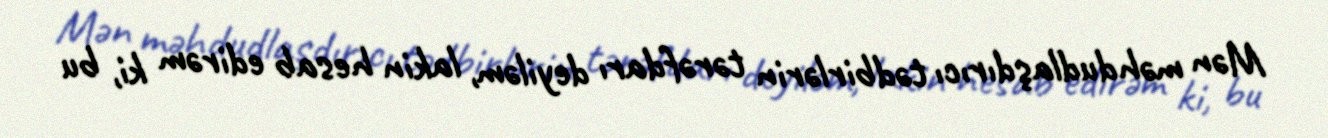
Mən məhdudlaşdırıcı tədbirlərin tərəfdarı deyiləm, lakin hesab edirəm ki, bu